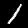
Label: 1